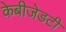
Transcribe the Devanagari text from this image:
केबीजेडटी